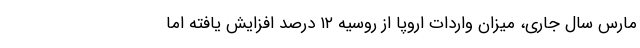
مارس سال جاری، میزان واردات اروپا از روسیه ۱۲ درصد افزایش یافته اما